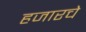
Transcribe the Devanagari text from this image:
हजारचे